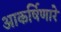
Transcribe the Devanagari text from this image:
आकर्षिणारे